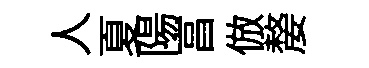
人夏陽亯倣嫠